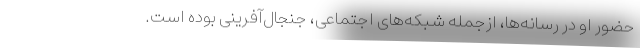
حضور او در رسانه‌ها، ازجمله شبکه‌های اجتماعی، جنجال‌آفرینی بوده است.